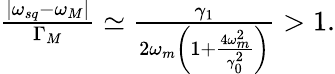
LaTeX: \begin{array}{r}{\frac{|\omega_{sq}-\omega_{M}|}{\Gamma_{M}}\simeq\frac{\gamma_{1}}{2\omega_{m}\left(1+\frac{4\omega_{m}^{2}}{\gamma_{0}^{2}}\right)}>1.}\end{array}